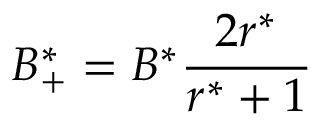
B _ { + } ^ { * } = B ^ { * } \frac { 2 r ^ { * } } { r ^ { * } + 1 }